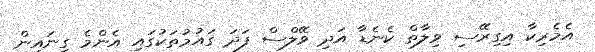
އެމެރިކާ އިގިރޭސި ވިލާތް ކެނެޑާ އަދި ވޭލްސް ފަދަ ގައުމުތަކުގައި އެންމެ ގިނައިން